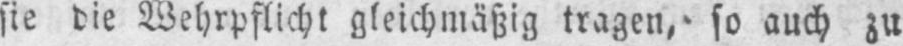
sie die Wehrpflicht gleichmäßig tragen, so auch zu